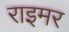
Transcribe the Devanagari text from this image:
राइमर